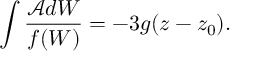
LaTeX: \int \frac { \mathcal { A } d W } { f ( W ) } = - 3 g ( z - z _ { 0 } ) .